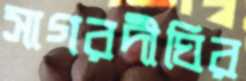
সাগরদীঘির